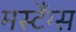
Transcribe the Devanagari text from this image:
मस्टैंग्स